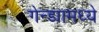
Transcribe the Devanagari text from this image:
गेन्ड्यामध्ये